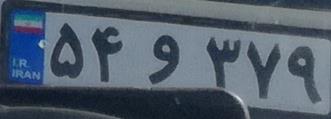
۵۴و۳۷۹۳۸